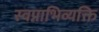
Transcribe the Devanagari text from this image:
स्वप्नाभिव्यक्ति